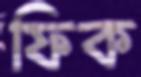
ফিক